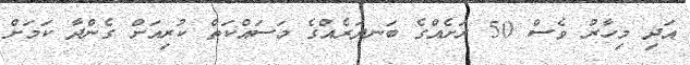
އަދި މިހާރު ވެސް 50 ރަށެއްގެ ބަނދަރެެއްގެ މަސައްކަތް ކުރިއަށް ގެންދާ ކަމަށް